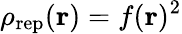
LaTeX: \rho_{\mathrm{rep}}({\mathbf r})=f({\mathbf r})^{2}